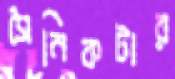
সৈনিকটার